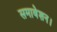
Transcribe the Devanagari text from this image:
समावेशन।